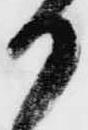
か